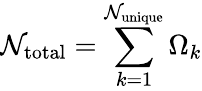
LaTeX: \mathcal{N}_{\mathrm{{total}}}=\sum_{k=1}^{\mathcal{N}_{\mathrm{{unique}}}}\Omega_{k}